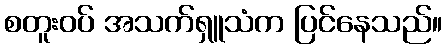
စတူးဝပ် အသက်ရှူသံက ပြင်နေသည်။